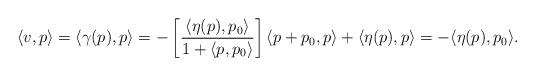
LaTeX: \begin{align*}\langle v, p \rangle &= \langle \gamma(p), p \rangle = - \left[ \frac{\langle \eta(p), p_0 \rangle}{1 + \langle p, p_0 \rangle} \right] \langle p + p_0, p \rangle + \langle \eta(p), p \rangle = - \langle \eta(p), p_0 \rangle.\end{align*}